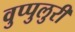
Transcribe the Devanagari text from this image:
वुप्पुलुरी